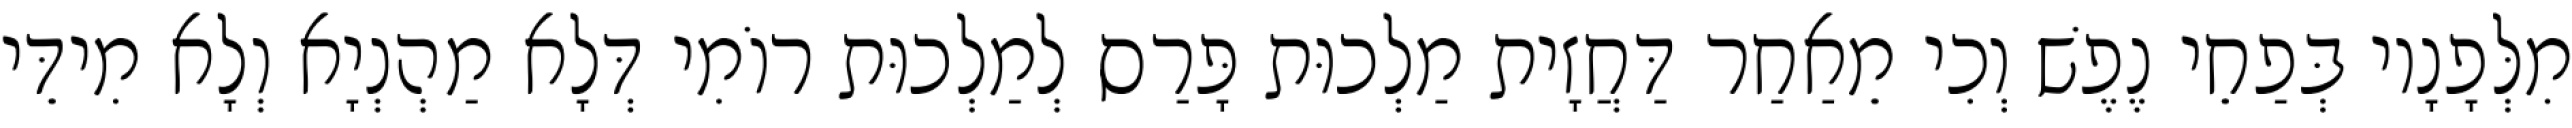
מִלְּפָנָיו בְּפַחֵי נֶפֶשׁ וְכִי מֵאַחַר דַּחֲזָית מַלְכוּת פָּרַס לְמַלְכוּת רוֹמִי דְּלָא מַהְנְיָא וְלָא מִידֵּי